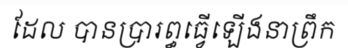
ដែល បានប្រារព្ធធ្វើឡើងនាព្រឹក